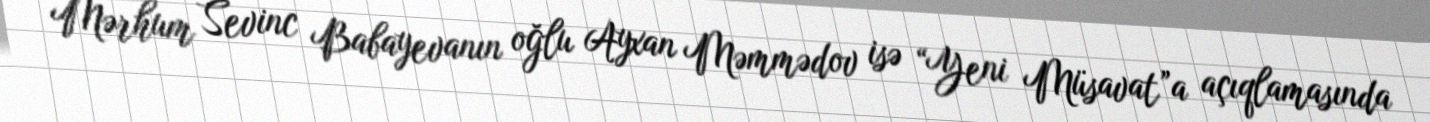
Mərhum Sevinc Babayevanın oğlu Ayxan Məmmədov isə “Yeni Müsavat”a açıqlamasında